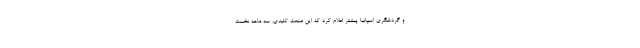
و گردشگری اسپانیا پیشتر اعلام کرد که این صنعت کلیدی، سه ماهه نخست